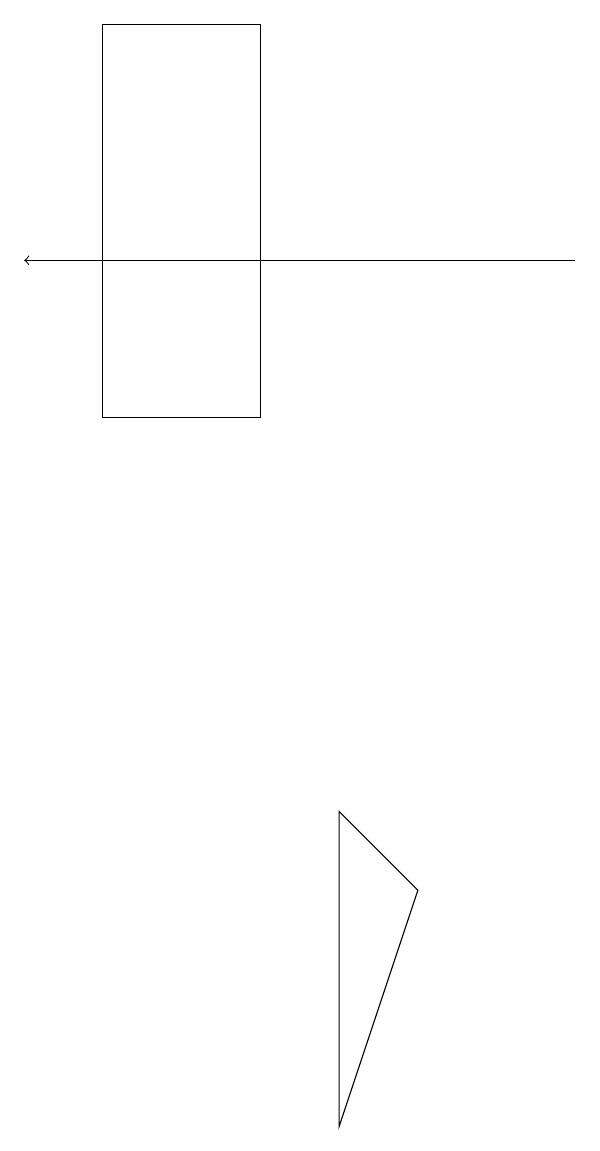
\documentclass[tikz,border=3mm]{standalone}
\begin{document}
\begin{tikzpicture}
\draw (3,18) rectangle (1,13);
\draw[->] (7,15) -- (0,15);
\draw (5,7) -- (4,4) -- (4,8) -- cycle;
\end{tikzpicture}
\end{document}